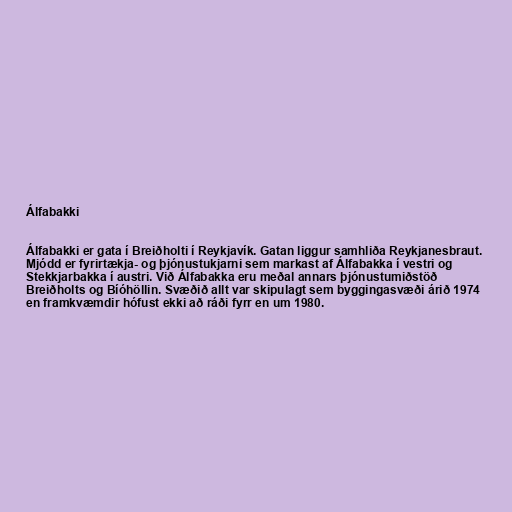
Álfabakki

Álfabakki er gata í Breiðholti í Reykjavík. Gatan liggur samhliða Reykjanesbraut.
Mjódd er fyrirtækja- og þjónustukjarni sem markast af Álfabakka í vestri og
Stekkjarbakka í austri. Við Álfabakka eru meðal annars þjónustumiðstöð
Breiðholts og Bíóhöllin. Svæðið allt var skipulagt sem byggingasvæði árið 1974
en framkvæmdir hófust ekki að ráði fyrr en um 1980.